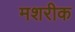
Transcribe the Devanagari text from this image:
मशरीक